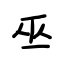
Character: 巫